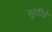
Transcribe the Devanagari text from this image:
सुंठीचे